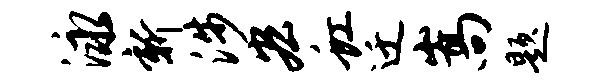
泳新涉宏虹迁嵩题